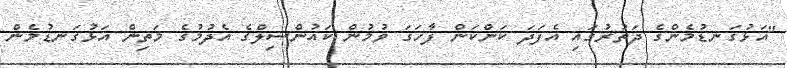
"އަޅުގަނޑުމެންގެ ދަތުރުގައި އެފަދަ ކަންކަން ފާހަގަ ވުމުން ކައުންސިލްގެ އެދުމުގެ މަތިން އަޅުގަނޑުމެން